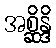
အစ္ဆိန္ဒိ